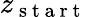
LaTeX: z_{\mathrm{~s~t~a~r~t~}}